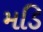
મડિ